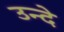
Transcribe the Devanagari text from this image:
उन्दे